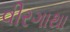
વીરગાથા